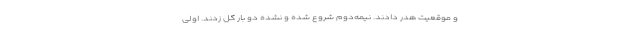
و موقعیت هدر دادند. نیمه‌دوم شروع شده و نشده دو بار گل زدند. اولی